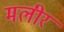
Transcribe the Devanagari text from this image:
मलीर